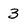
Character: 3